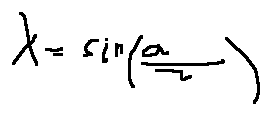
x = \sin ( \frac { \alpha } { 2 } )